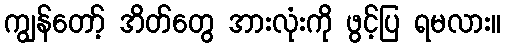
ကျွန်တော့် အိတ်တွေ အားလုံးကို ဖွင့်ပြ ရမလား။